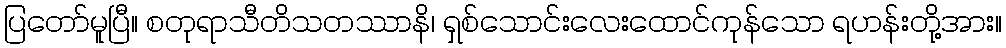
ပြတော်မူပြီ။ စတုရာသီတိသတဿာနိ၊ ရှစ်သောင်းလေးထောင်ကုန်သော ရဟန်းတို့အား။